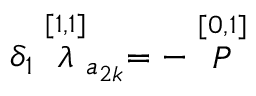
\delta _ { 1 } \stackrel { [ 1 , 1 ] } { \lambda } _ { a _ { 2 k } } = - \stackrel { [ 0 , 1 ] } { \cal P }